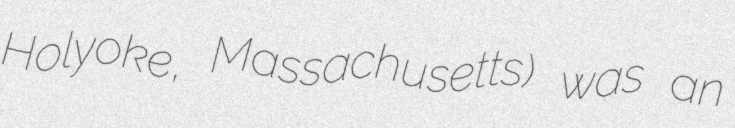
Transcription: Holyoke, Massachusetts) was an